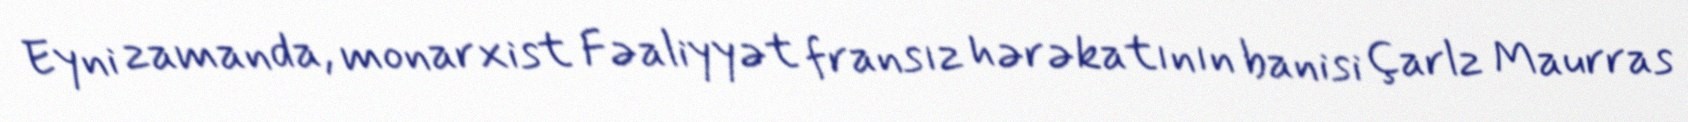
Eyni zamanda, monarxist Fəaliyyət fransız hərəkatının banisi Çarlz Maurras